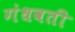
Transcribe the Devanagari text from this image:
गंधवती